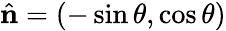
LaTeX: \hat{\mathbf{n}}=\left(-\sin\theta,\cos\theta\right)